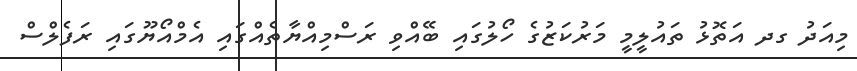
މިއަދު ގދ އަތޮޅު ތައުލީމީ މަރުކަޒުގެ ހޯލުގައި ބޭއްވި ރަސްމިއްޔާތެއްގައި އެމްއޯޔޫގައި ރަފެލްސް